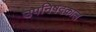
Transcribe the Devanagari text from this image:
उपनिषदकाल